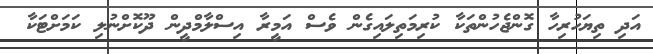
އަދި ތިޔަހުރިހާ ގޮންޖެހުންތަކާ ކުރިމަތިލައިގެން ވެސް އަމީރާ އިސްލާމްދީން ދޫކޮށްނުލި ކަމަށްޓަކާ